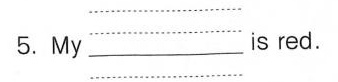
5. My ___ is red.